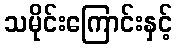
သမိုင်းကြောင်းနှင့်